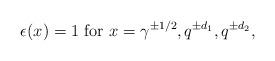
LaTeX: \begin{align*} \epsilon(x)=1\ \mathrm{for}\ x=\gamma^{\pm 1/2}, q^{\pm d_1}, q^{\pm d_2},\end{align*}